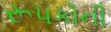
રૂપકોની